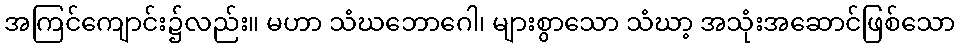
အကြင်ကျောင်း၌လည်း။ မဟာ သံဃဘောဂေါ၊ များစွာသော သံဃာ့ အသုံးအဆောင်ဖြစ်သော